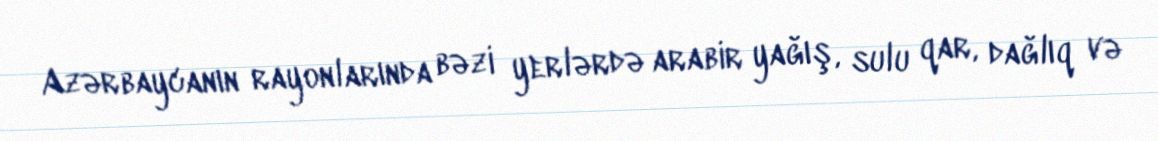
Azərbaycanın rayonlarında bəzi yerlərdə arabir yağış, sulu qar, dağlıq və